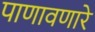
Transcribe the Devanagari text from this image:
पाणावणारे